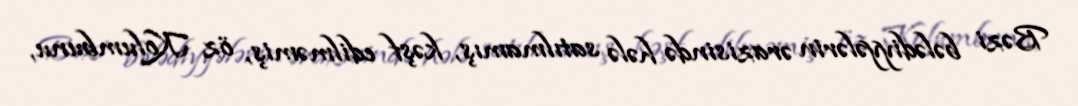
Bəzi bələdiyyələrin ərazisində hələ satılmamış, kəşf edilməmiş, öz Kolumbunu,